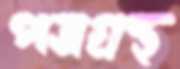
পত্রগ্রন্থ